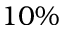
1 0 \%